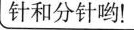
针和分针哟！